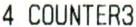
4 COUNTER3